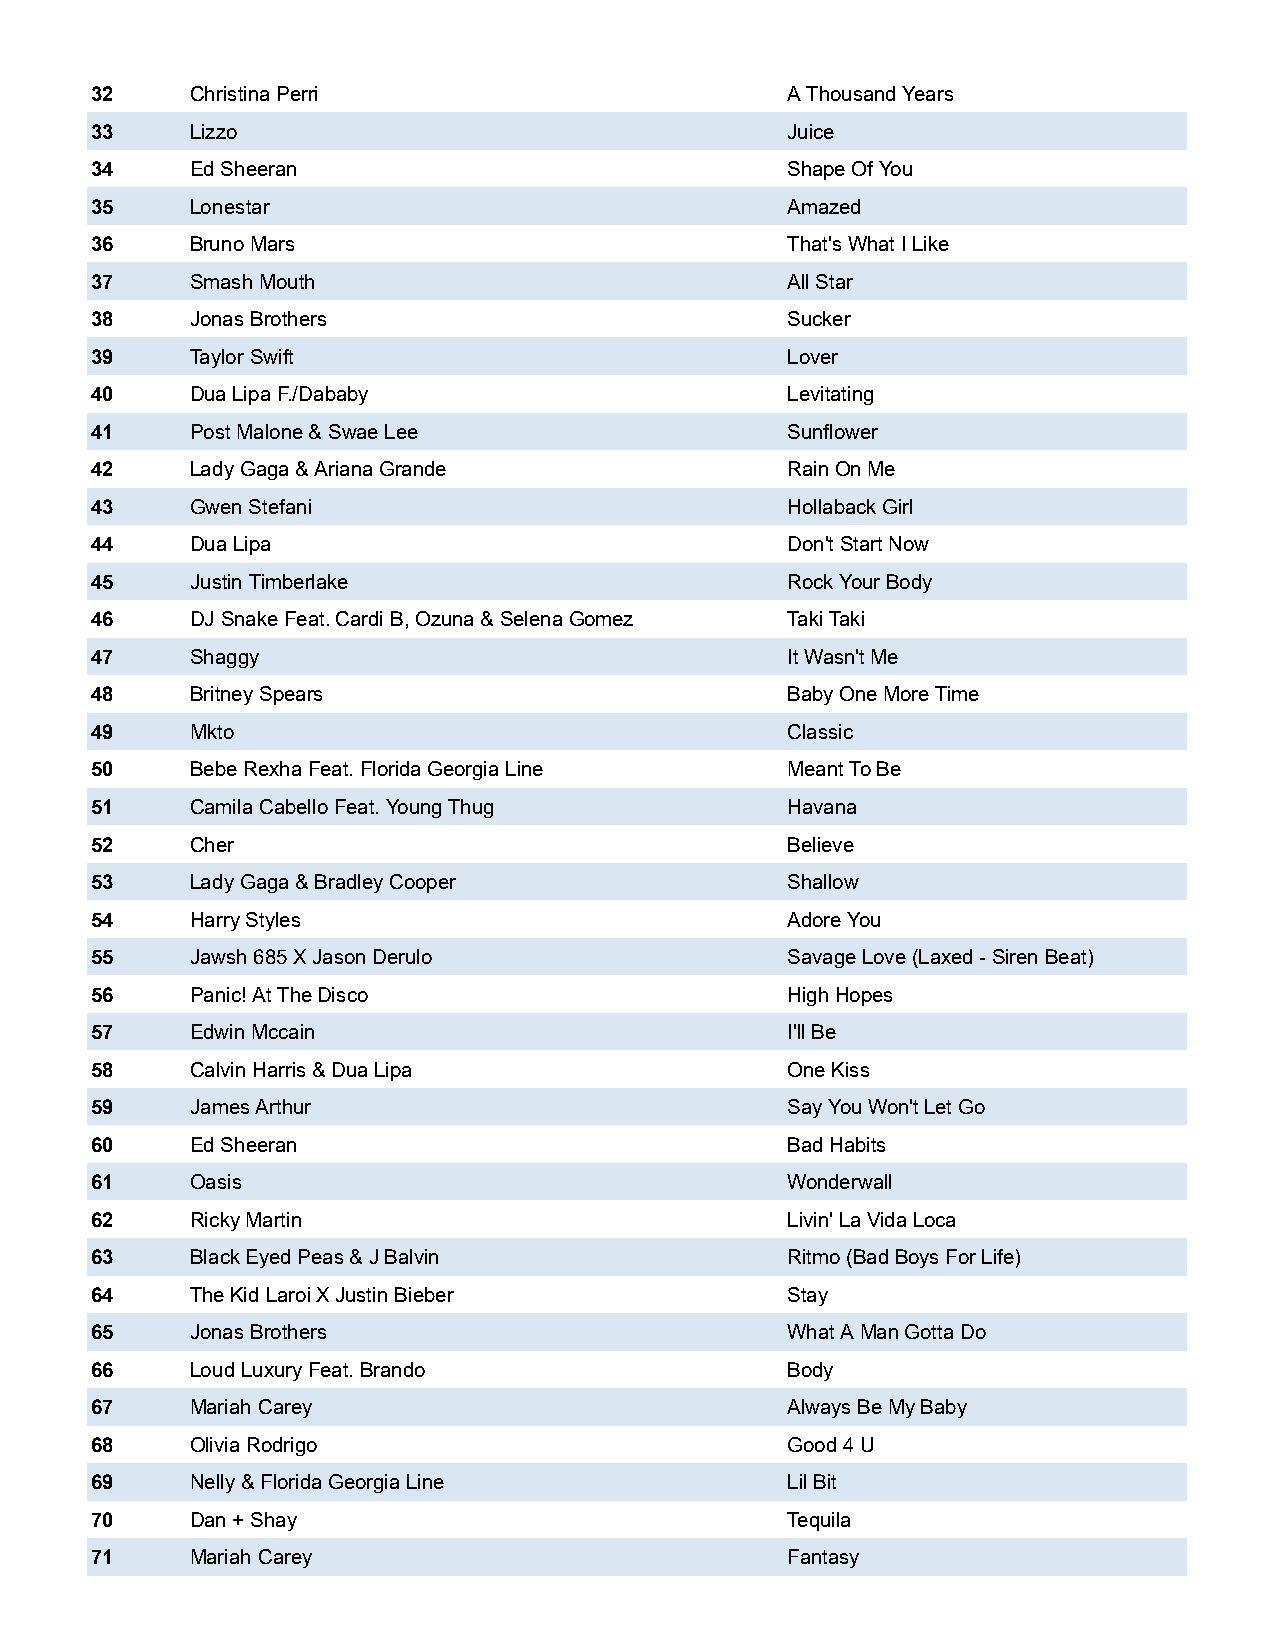
32     Christina Perri                        A Thousand Years
 33     Lizzo                                  Juice
 34     Ed Sheeran                             Shape Of You
 35     Lonestar                               Amazed
 36     Bruno Mars                             That's What I Like
 37     Smash Mouth                            All Star
 38     Jonas Brothers                         Sucker
 39     Taylor Swift                           Lover
 40     Dua Lipa F./Dababy                     Levitating
 41     Post Malone & Swae Lee                 Sunflower
 42     Lady Gaga & Ariana Grande              Rain On Me
 43     Gwen Stefani                           Hollaback Girl
 44     Dua Lipa                               Don't Start Now
 45     Justin Timberlake                      Rock Your Body
 46     DJ Snake Feat. Cardi B, Ozuna & Selena Gomez Taki Taki
 47     Shaggy                                 It Wasn't Me
 48     Britney Spears                         Baby One More Time
 49     Mkto                                   Classic
 50     Bebe Rexha Feat. Florida Georgia Line  Meant To Be
 51     Camila Cabello Feat. Young Thug        Havana
 52     Cher                                   Believe
 53     Lady Gaga & Bradley Cooper             Shallow
 54     Harry Styles                           Adore You
 55     Jawsh 685 X Jason Derulo               Savage Love (Laxed - Siren Beat)
 56     Panic! At The Disco                    High Hopes
 57     Edwin Mccain                           I'll Be
 58     Calvin Harris & Dua Lipa               One Kiss
 59     James Arthur                           Say You Won't Let Go
 60     Ed Sheeran                             Bad Habits
 61     Oasis                                  Wonderwall
 62     Ricky Martin                           Livin' La Vida Loca
 63     Black Eyed Peas & J Balvin             Ritmo (Bad Boys For Life)
 64     The Kid Laroi X Justin Bieber          Stay
 65     Jonas Brothers                         What A Man Gotta Do
 66     Loud Luxury Feat. Brando               Body
 67     Mariah Carey                           Always Be My Baby
 68     Olivia Rodrigo                         Good 4 U
 69     Nelly & Florida Georgia Line           Lil Bit
 70     Dan + Shay                             Tequila
 71     Mariah Carey                           Fantasy